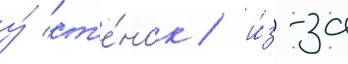
у́ ст'е́нок / и́з-за